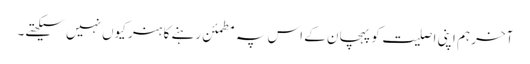
آخر ہم اپنی اصلیت کو پہچان کے اس پہ مطمئن رہنے کا ہنر کیوں نہیں سیکھتے۔